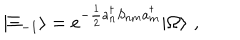
LaTeX: | \Xi _ { - 1 } \rangle = e ^ { - \frac { 1 } { 2 } a _ { n } ^ { \dagger } S _ { n m } a _ { m } ^ { \dagger } } | \Omega \rangle \, \, ,